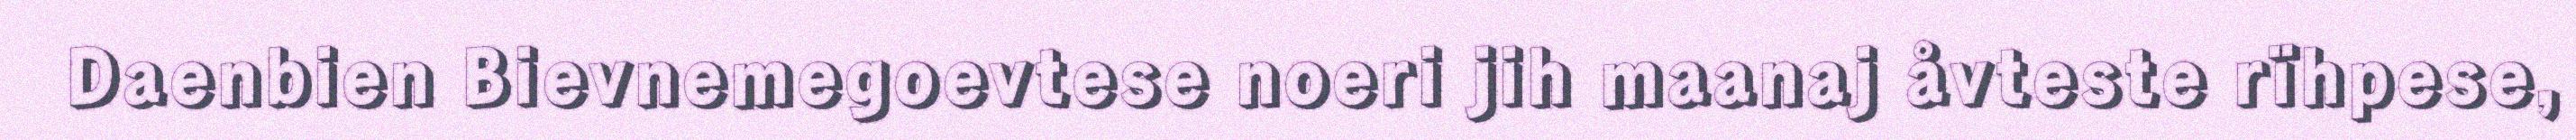
Daenbien Bievnemegoevtese noeri jih maanaj åvteste rïhpese,